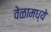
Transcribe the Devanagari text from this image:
वेळामध्ये